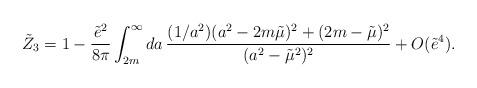
LaTeX: \begin{align*}\tilde{Z}_3 = 1 - \frac{\tilde{e}^2}{8\pi}\int_{2m}^\infty da \,\frac{(1/a^2)(a^2-2m\tilde{\mu})^2+(2m-\tilde{\mu})^2}{(a^2-\tilde{\mu}^2)^2}+ O(\tilde{e}^4).\end{align*}